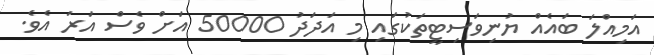
އަމިއްލަ ބައެއް ޔުނިވަސިޓީތަކުގައި މި އަދަދު 50000 އަށް ވެސް އަރަ އެވެ.